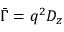
\ { \bar { \Gamma } } = q ^ { 2 } D _ { z }